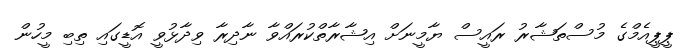
ޕީޕީއެމްގެ މުސްތަޝާރު ރައީސް ޔާމީނަށް އިޝާރާތްކުރައްވާ ނާދިރާ ވިދާޅުވީ އޮޑީގައި ތިބި މީހުން